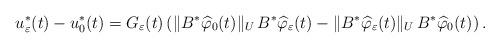
LaTeX: \begin{align*}u^*_\varepsilon(t)-u_0^*(t)= G_\varepsilon(t)\left(\| B^*\widehat\varphi_0(t)\|_U\, B^* \widehat \varphi_\varepsilon(t) - \| B^*\widehat\varphi_\varepsilon(t)\|_U\, B^* \widehat\varphi_0(t)\right). \end{align*}